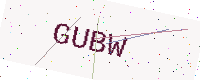
Text: GUBW